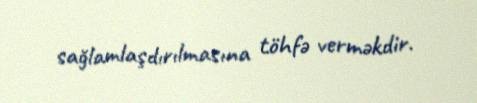
sağlamlaşdırılmasına töhfə verməkdir.